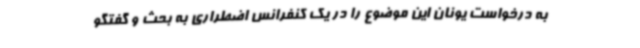
به درخواست یونان این موضوع را در یک کنفرانس اضطراری به بحث و گفتگو